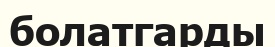
болатгарды